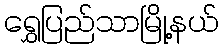
ရွှေပြည်သာမြို့နယ်